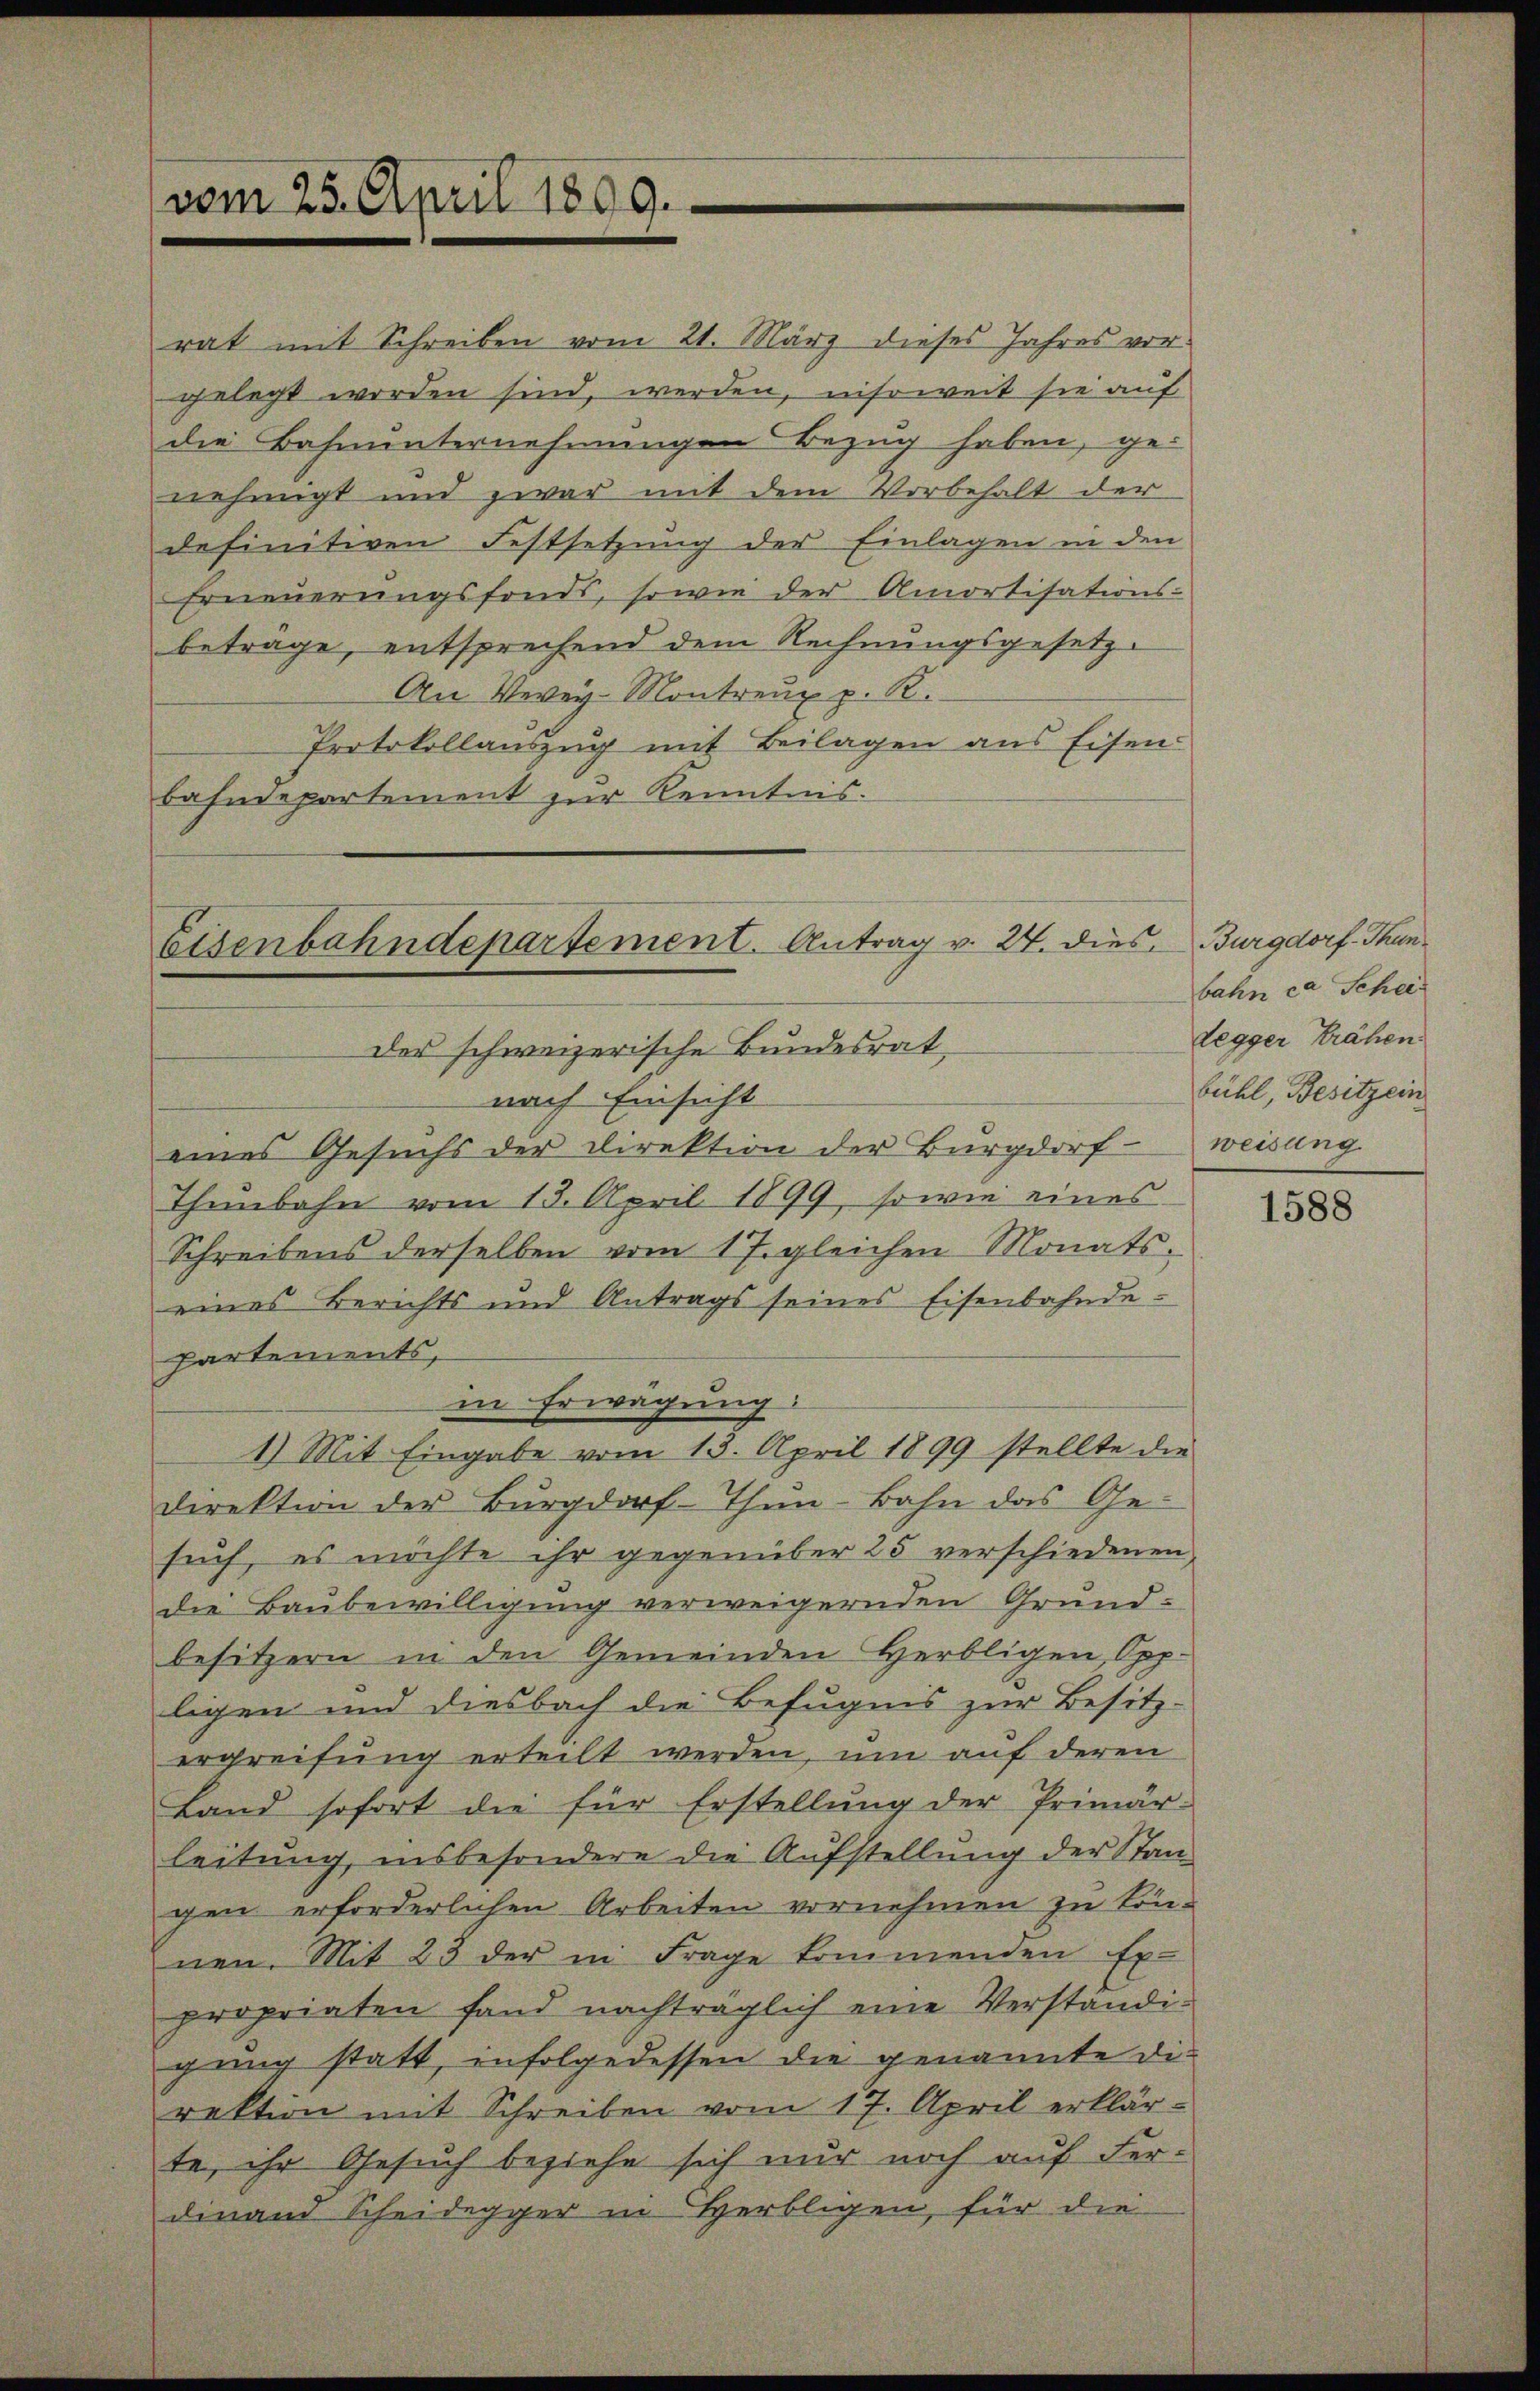
rat mit Schreiben vom 21. März dieses Jahres vorgelegt worden sind, werden, insoweit sie auf
die Bahnunternehmungen Bezug haben, ge-
nehmigt und zwar mit dem Vorbehalt der
definitiven Festsetzung der Einlagen in den
Erneuerungsfonds, sowie der Amortisations-
betrage, entsprechend dem Rechnungsgesetz¬
An Verey-Montreux p. R.
Protokollauszug mit Beilagen aus Eisenbahndepartement zur Kenntnis.

vom 25. April 1899.

Eisenbahndepartement. Antrag v. 24. dies
der schweizerische Bundesrat
nach Einsicht

Burgdorf - Thun.
bahn ca Schei
Legger Krähen
bühl, Besitzein
weisung

eines Gesuchs der Direktion der Burgdorf
Thunbahn vom 13. April 1899, sowie eines
Schreibens derselben vom 17. gleichen Monats-
eines Berichts und Antrags seines Eisenbahnde-
partements,
in Erwägung:
1.) Mit Eingabe vom 15. April 1899 stellte die
Direktion der Burgdorf-Thun-Bahn das Gesuch, es möchte ihr gegenüber 25 verschiedenen
die Baubewilligung verweigernden Grund-
besitzern in den Gemeinden Herbligen Opp-
ligen und diesbach die Befugnis zur Besitz-
ergreifung erteilt werden, um auf deren
Land sofort die für Erstellung der Primär-
leitung, insbesondere die Aufstellung der Stan-
gen erforderlichen Arbeiten vornehmen zu können. Mit 23 der in Frage kommenden Ex-
propriaten fand nachträglich eine Verständigung statt, infolgedessen die genannte Direktion mit Schreiben vom 17. April erklär-
te, ihr Gesuch beziehe sich nur noch auf Ferdinam Scheidegger in Herbligen, für die

1588